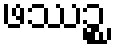
ဖဿဉ္စ